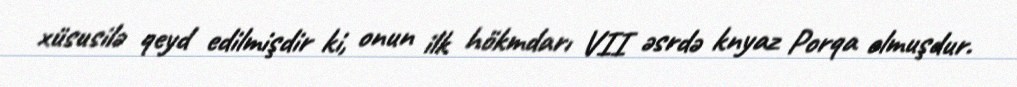
xüsusilə qeyd edilmişdir ki, onun ilk hökmdarı VII əsrdə knyaz Porqa olmuşdur.